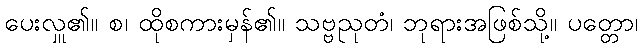
ပေးလှူ၏။ စ၊ ထိုစကားမှန်၏။ သဗ္ဗညုတံ၊ ဘုရားအဖြစ်သို့။ ပတ္တော၊